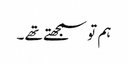
ہم تو سمجھتے تھے ۔